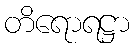
တိရောရဋ္ဌာ